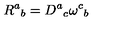
R ^ { a } { } _ { b } = D ^ { a } { } _ { c } \omega ^ { c } { } _ { b }